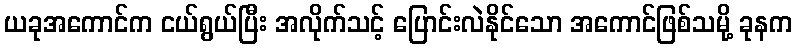
ယခုအကောင်က ငယ်ရွယ်ပြီး အလိုက်သင့် ပြောင်းလဲနိုင်သော အကောင်ဖြစ်သမို့ ခုနက